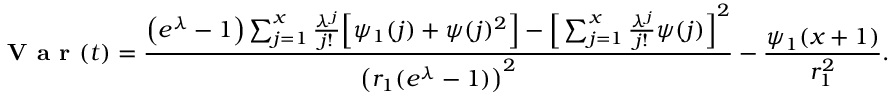
\textbf { V a r } ( t ) = \frac { \left( e ^ { \lambda } - 1 \right) \sum _ { j = 1 } ^ { x } \frac { \lambda ^ { j } } { j ! } \Big [ \psi _ { 1 } ( j ) + \psi ( j ) ^ { 2 } \Big ] - \Big [ \sum _ { j = 1 } ^ { x } \frac { \lambda ^ { j } } { j ! } \psi ( j ) \Big ] ^ { 2 } } { \left( r _ { 1 } ( e ^ { \lambda } - 1 ) \right) ^ { 2 } } - \frac { \psi _ { 1 } ( x + 1 ) } { r _ { 1 } ^ { 2 } } .